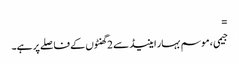
=
جیمی ، موسم بہار اینیڈ سے 2 گھنٹوں کے فاصلے پر ہے۔